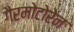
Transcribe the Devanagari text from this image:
गैरमोटोरेन